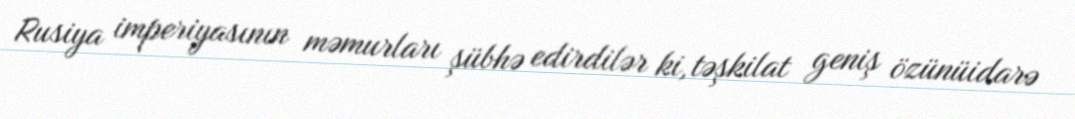
Rusiya imperiyasının məmurları şübhə edirdilər ki, təşkilat geniş özünüidarə